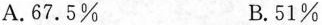
A.67.5\% B.51\%